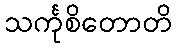
သင်္ကုစိတောတိ